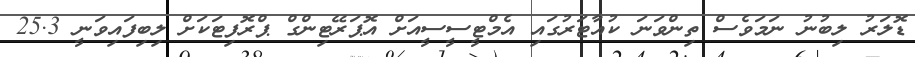
ޑޮލަރު ލިބުނު ނަމަވެސް ތިންވަނަ ކުއާޓަރުގައި އެމްޓީސީސީއަށް އޮޕަރޭޓިންގް ޕްރޮފިޓަކަށް ލިބިފައިވަނީ 25.3